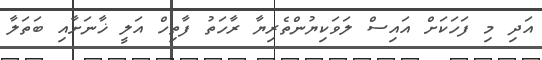
އަދި މި ފަހަކަށް އައިސް ލަވަކިޔުންތެރިޔާ ރާހަތު ފާތިހް އަލީ ޚާނަށާއި ބަތަލާ